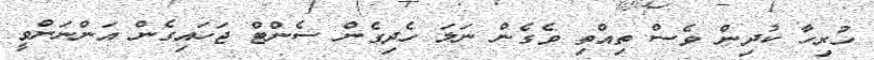
ހުރިހާ ކުދިން ވެސް ތިއްތި ވެގެން ނަލަ ހެދިގެން ސެންޓް ޖަހައިގެން އަންނަންވީ